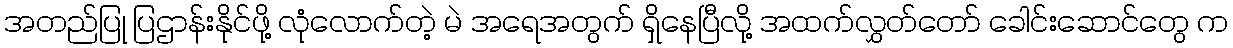
အတည်ပြု ပြဌာန်းနိုင်ဖို့ လုံလောက်တဲ့ မဲ အရေအတွက် ရှိနေပြီလို့ အထက်လွှတ်တော် ခေါင်းဆောင်တွေ က